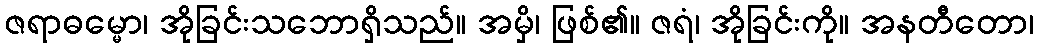
ဇရာဓမ္မော၊ အိုခြင်းသဘောရှိသည်။ အမှိ၊ ဖြစ်၏။ ဇရံ၊ အိုခြင်းကို။ အနတီတော၊